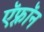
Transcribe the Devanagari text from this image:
ऍफ़्रॉन